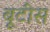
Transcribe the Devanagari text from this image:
बूटीस